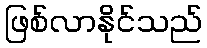
ဖြစ်လာနိုင်သည်